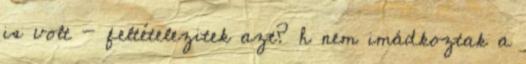
is volt - feltételezitek azt? h nem imádkoztak a